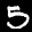
Label: 5